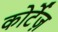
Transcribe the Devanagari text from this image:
कोर्टेज़